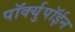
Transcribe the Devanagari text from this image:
पॉर्क्युपॉईन